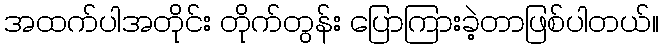
အထက်ပါအတိုင်း တိုက်တွန်း ပြောကြားခဲ့တာဖြစ်ပါတယ်။